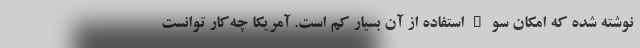
نوشته شده که امکان سوءاستفاده از آن بسیار کم است. آمریکا چه‌کار توانست